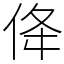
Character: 佭